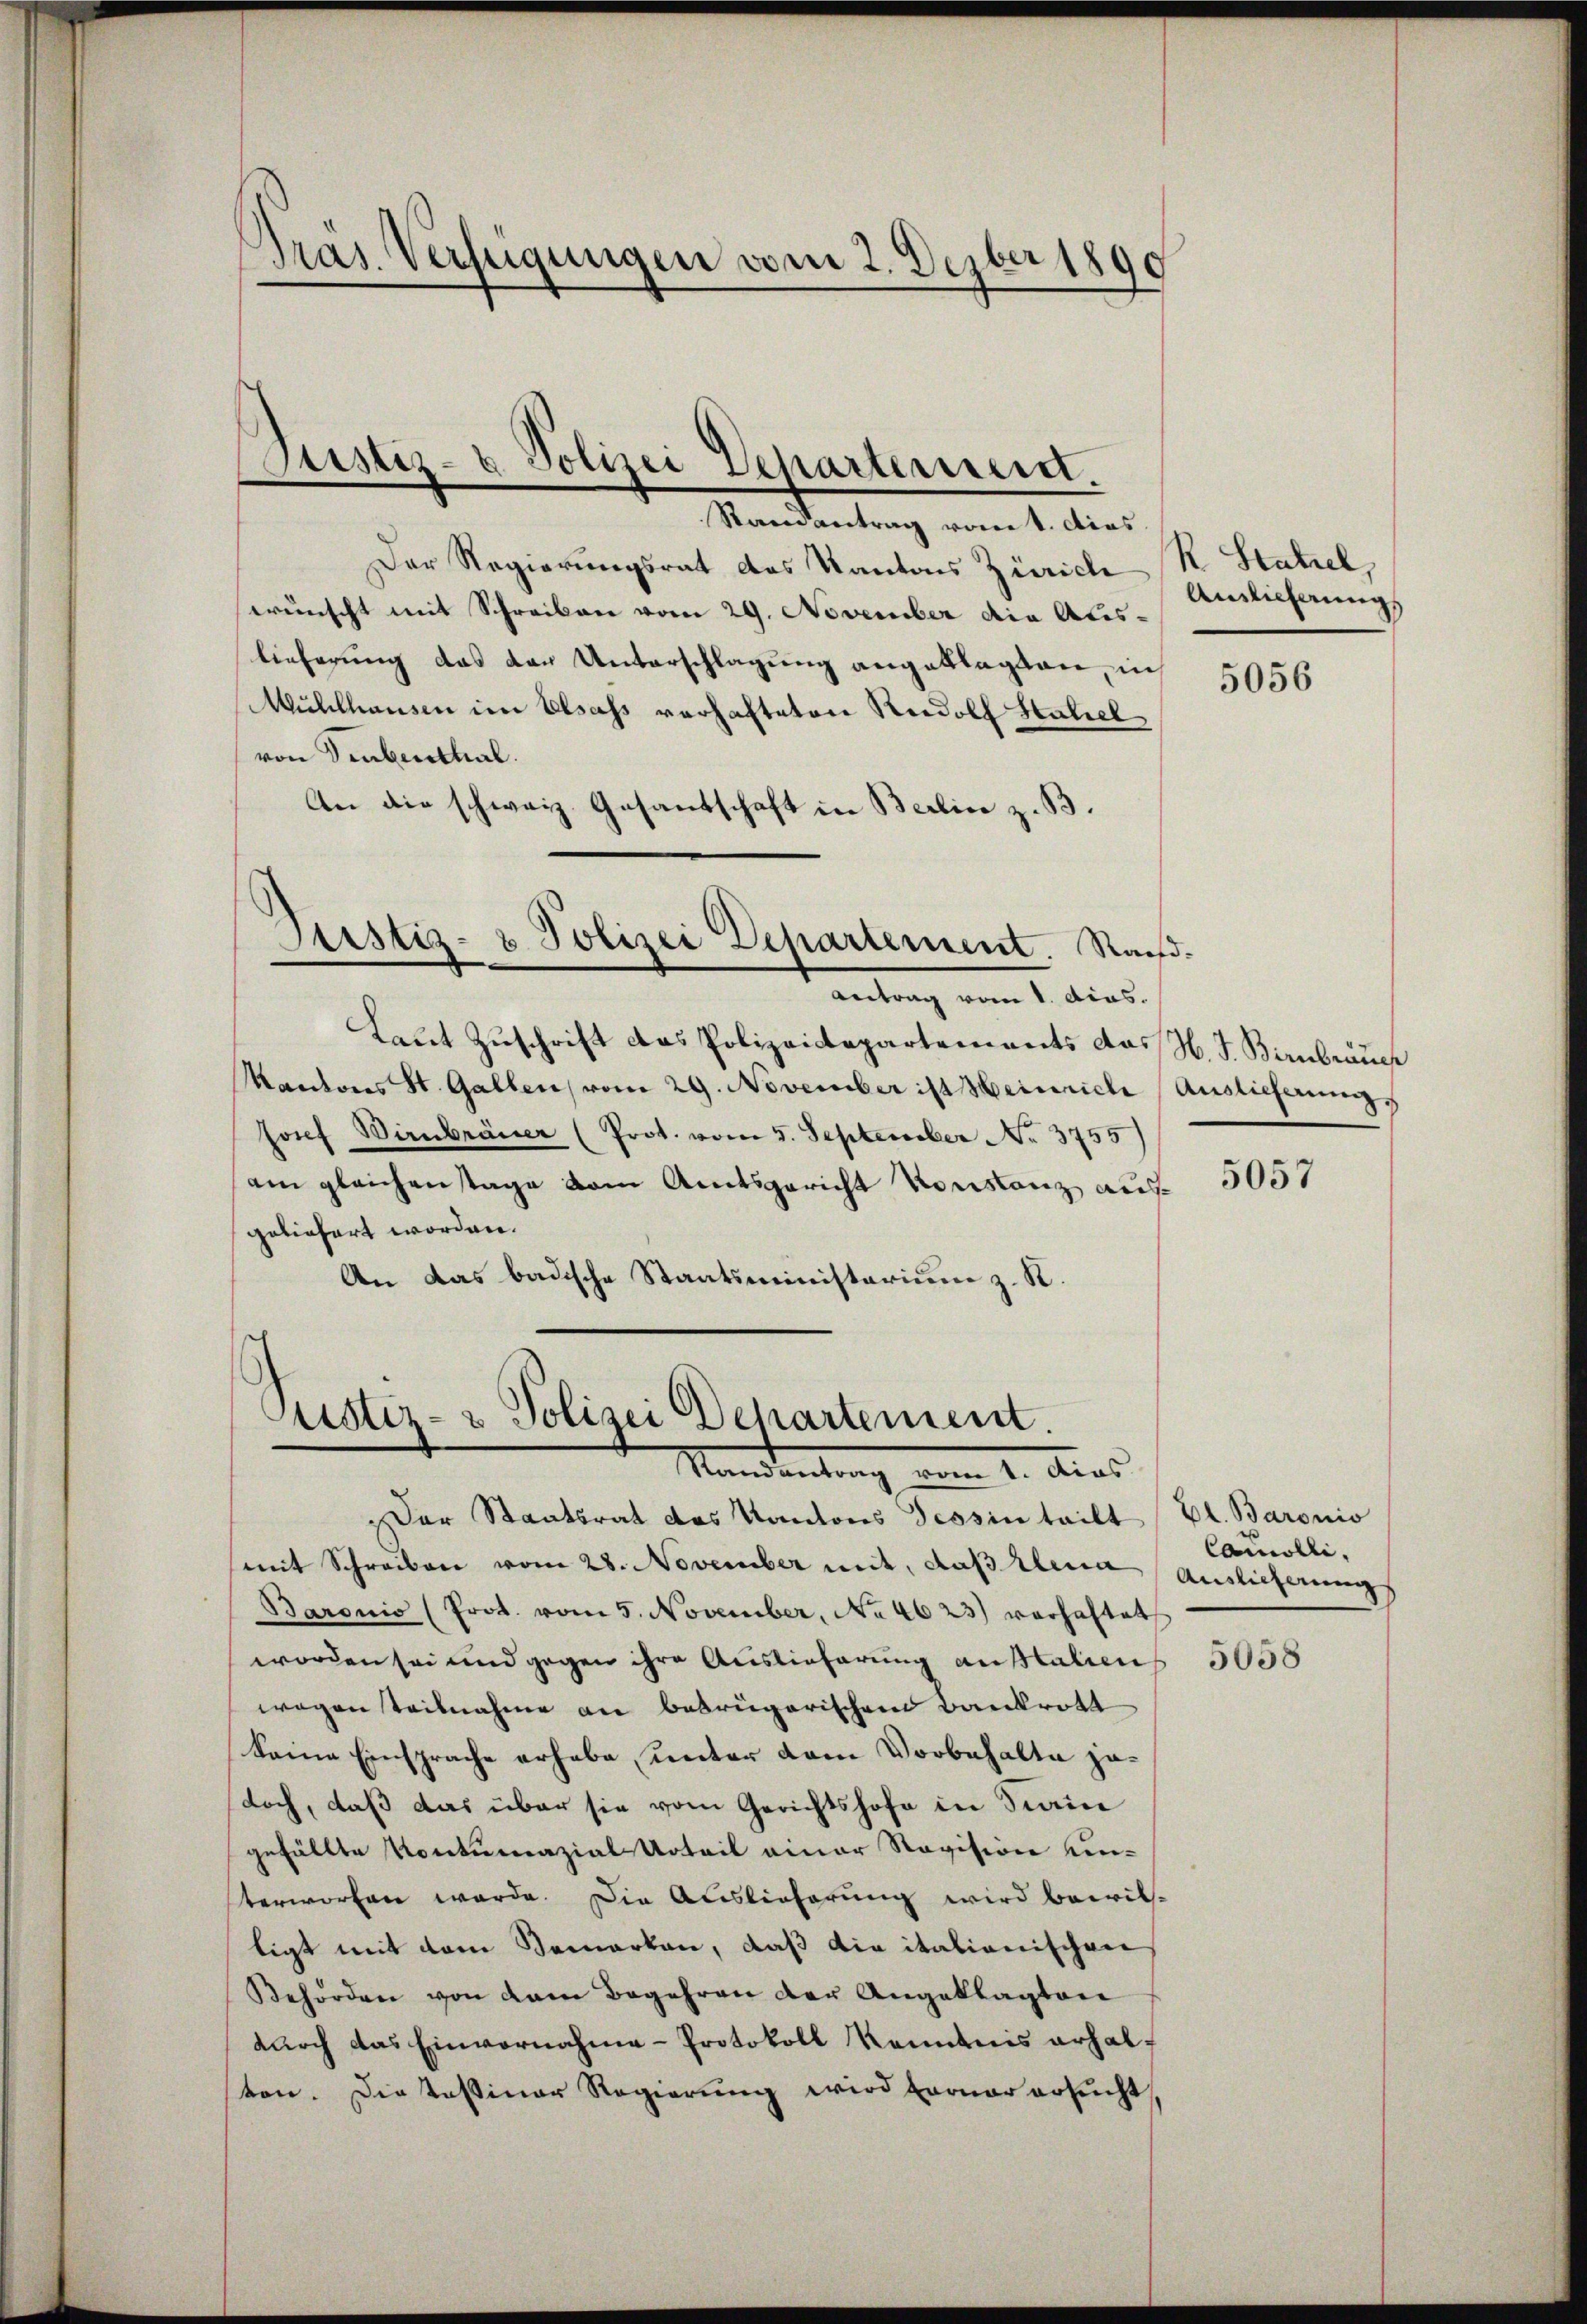
Gras Verfügungen vom 2. Dezber 1890

Justiz- & Polizei Departement.

Randantrag vom 1. dies
Der Regierungsrat des Kantons Zürich R. Statzel,
wünscht mit Schreiben vom 29. November die Aus-
lieferung das der Unterschlagung angeklagten, in
Mühlhausen im Elsass verhafteten Rudolf Stahel
von Trubenthal.
An die schweiz. Gesandschaft in Berlin z. B.
Justiz- & Polizei Departement. Nachd
Antrag vom 1. dios.
Laut Zuschrift das Polizeidepartements das H. J. Birnbräuch
Kantons St. Gallen vom 29. November ist Heinriche Auslieferung
Josef Birnbrauer (Prot. vom 5. September No. 3755)
am gleichenstage vom Amtsgericht Konstanz ausgeliefert worden.
An das badische Staatsministarium z. R.

Justiz- & Polizei Departement.
Mandantung vom 1. Aus

Ainlicherung

Der Staatsrat das Kantons Tessin tailt
(mit Schreiben vom 28. November mit, daß Elena Auslieferung
Baronis (Prot. vom 5. November, No 4623) verhaftet
worden sei und gegen ihre Auslieferung anstalien
wegen Teilnahme an betrügerischen Bankrott
keine Einsprache erhabe, unter dem Vorbehalte jedoch, daß das über sie vom Gerichtshofe in Fiain
gefällte Kontumazial Urteil einer Revision un-
terworfen werde. Die Auslieferung wird bewil-
tigt mit dem Bemerken, daß die italionischen
Behörden von dem Begehren der Angeklagten
durch das Einvernahme- Protokoll Kenntnis erhalton. Die Kassiner Regierung wird verner ersucht

5056

5057

El. Baronio
Camolli,
5058